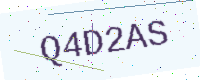
Text: Q4D2AS